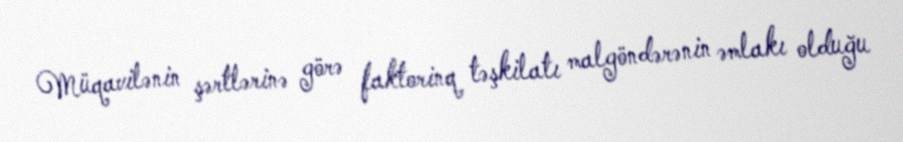
Müqavilənin şərtlərinə görə faktorinq təşkilatı malgöndərənin əmlakı olduğu